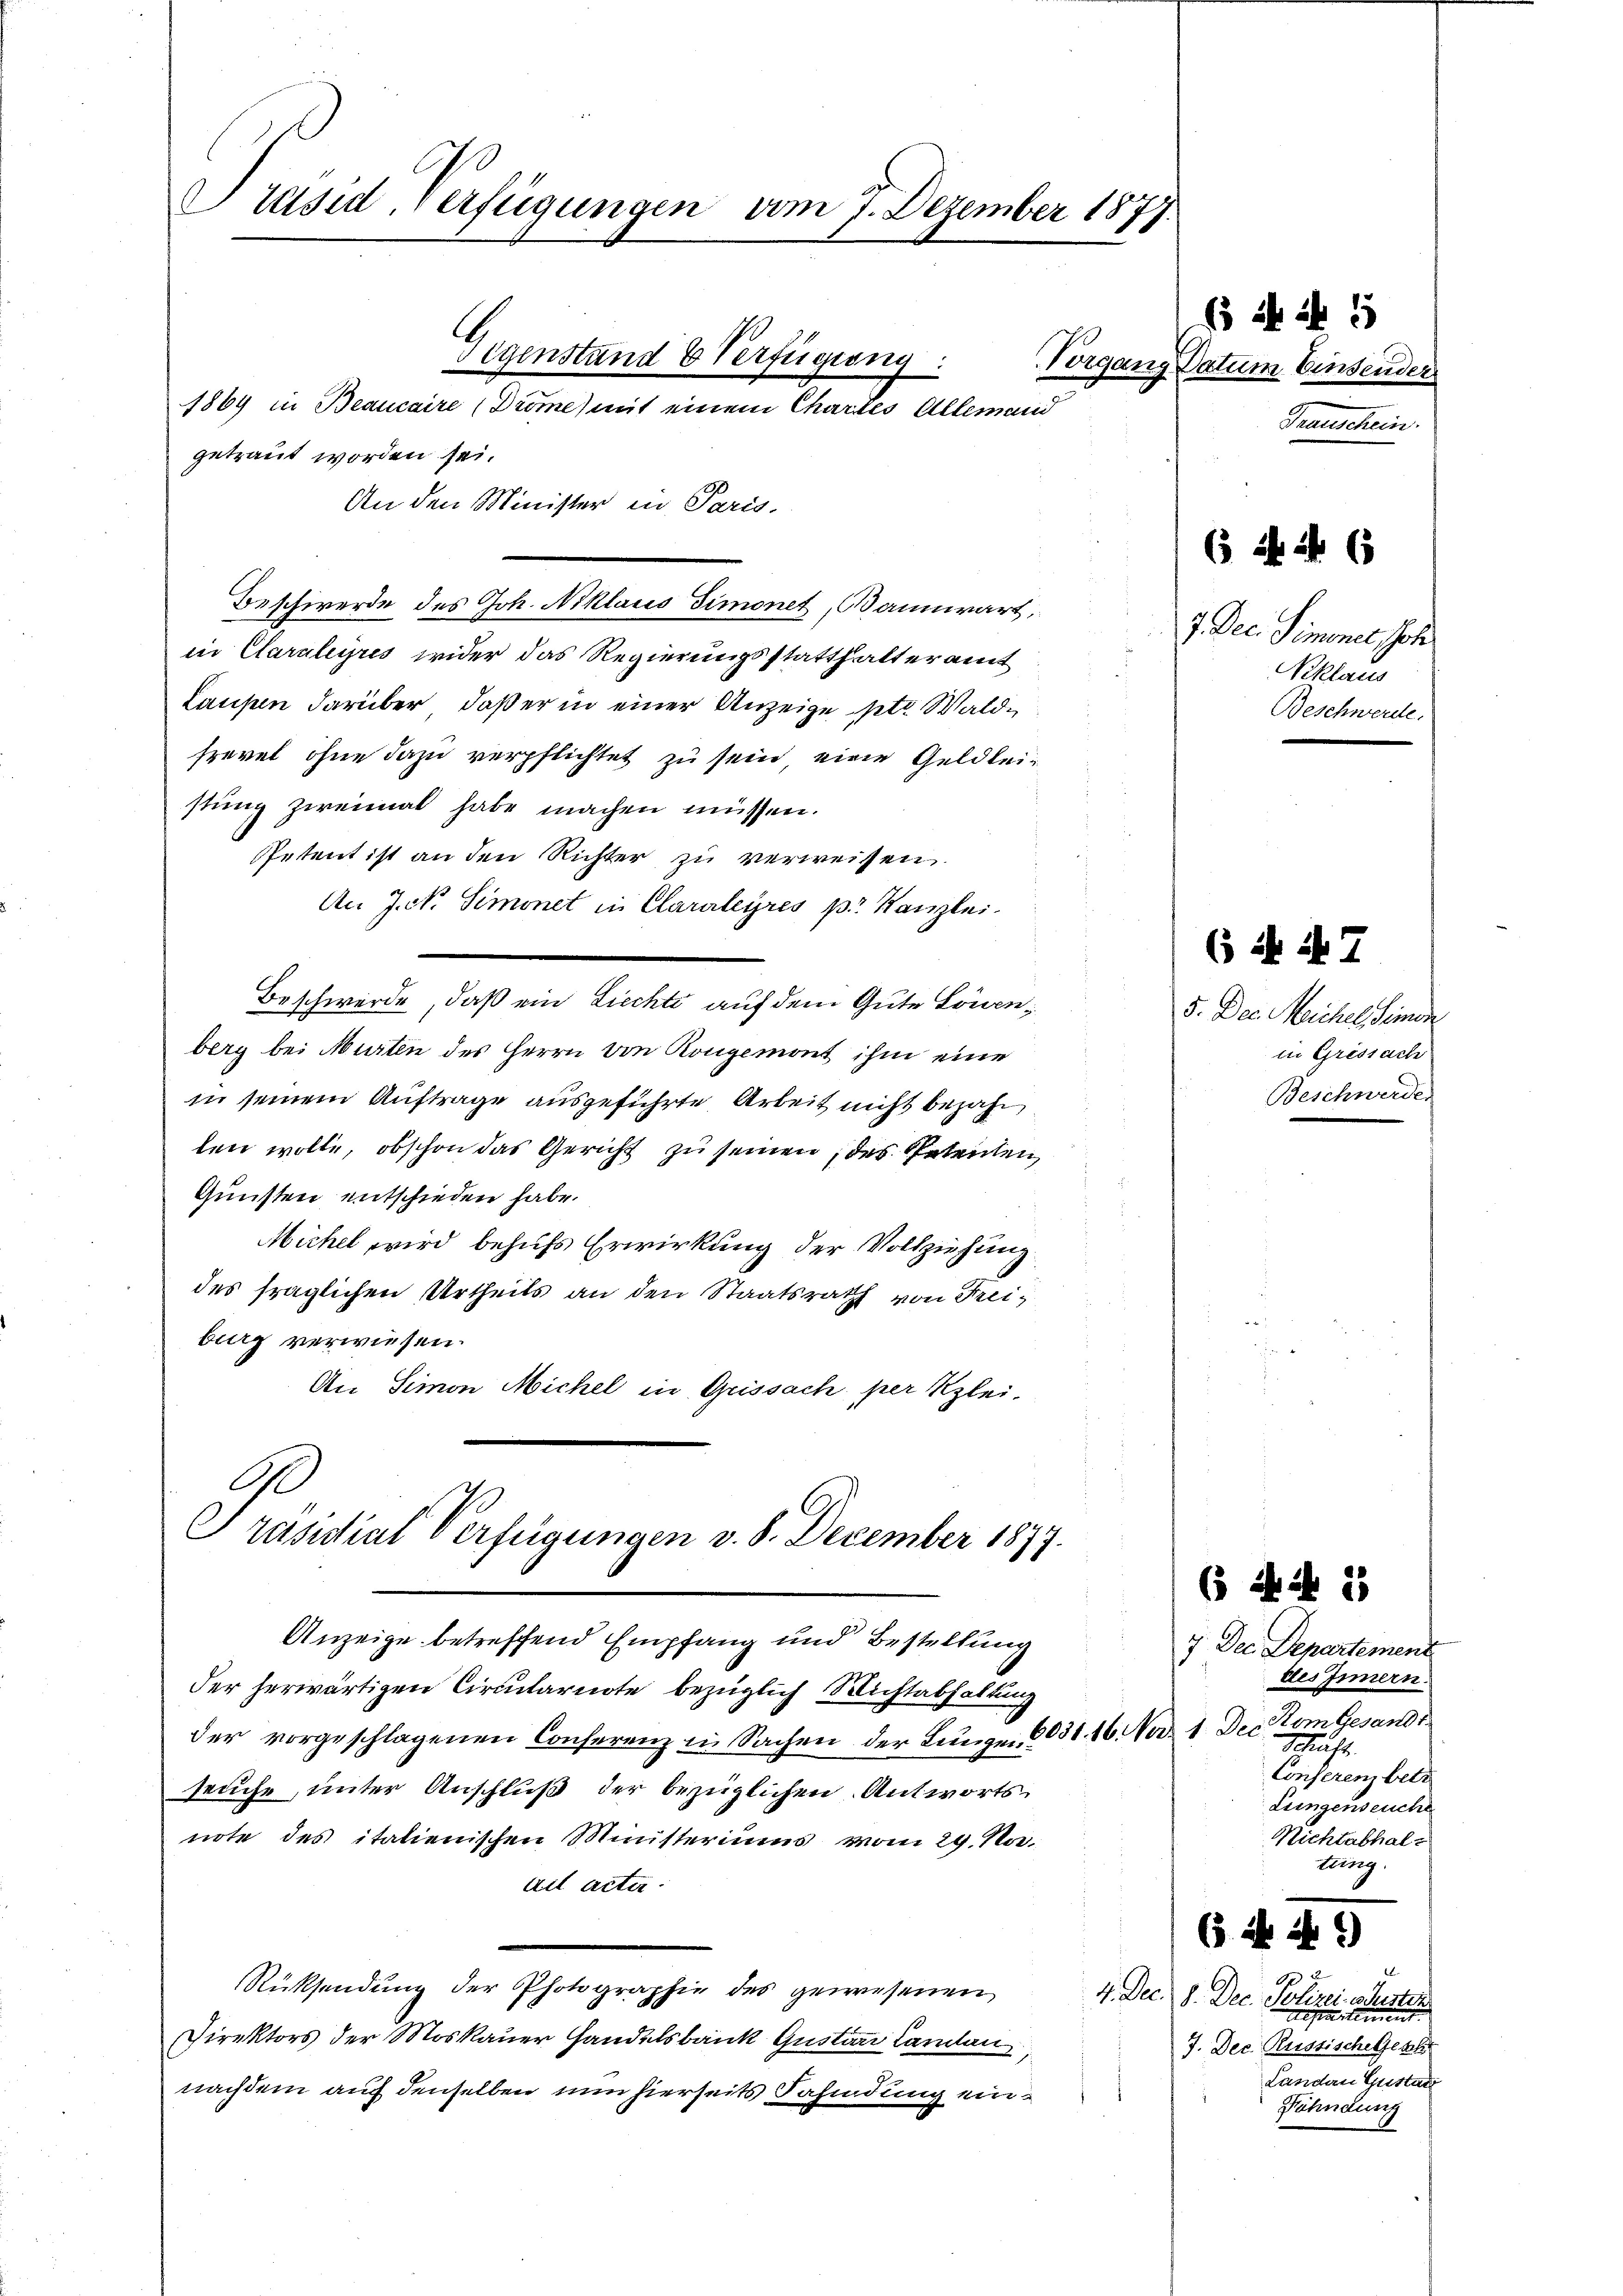
Präsid, verfügungen vom 1. Dezember 1877.

An den Minister in Paris.
Beschwerde des Joh. Niklaus Simonet, Bannwart,
in Claralyris wider das Regierungsstatthalteramt
Laupen darüber, daß er in einer Anzeige ptr. Waldfrevet ohne dazu verpflichtet zu sein eine Geldleistung zweimal habe machen müssen.
Petent ist an den Richter zu verweisen
An J. N. Simonet in Claraleyres pr. Kanzlei.
Beschwerde, daß ein Liechte auf dem Gute Löwenberg bei Murten des Herrn von Rongemont ihm eine
in seinem Auftrage ausgeführte Arbeit nicht bejahe
len wolle, obschon das Gericht zu seinen, des Petenten,
Gunsten entschieden habe.
Michel wird behufs Erwirkung der Vollziehung
des fraglichen Urtheils an den Staatsrath von Freiburg verwiesen.
An Simon Michel in Geissach per Klei¬

getraut worden sei.

Gegenstand & Verfügung
Begang
1869 in Beaucaire (Dröme mit einem Chartes Allemand

Präsidial Verfügungen v. 8. December 1877.
Anzeige betreffend Empfang und Bestellung

der herwärtigen Circularnote bezüglich Sichtabhaltung
der vorgeschlagenen Conferenz in Sachen der Lungen 6031. 16. Nov. 1. Dec
seuche, unter Anschluß der bezüglichen Antwortsnote des italienischen Ministeriums vom 29. No.
til acter
Rücksendung der Photographie des gewesenen
Direktors der Moskauer Handelsbank Gustani Cantan
nachdem auch denselben nun hierseits dahindung ein¬

4
Datum Einsender
Transchein.

( 2f 5

( S. Nr. 7

(5. ist ihr

6

7. Dec. Simones Joh
Nklaus
Beschwerde.

5. Der Meichel, Simon
in Gressach
Beschwerden

( A 2
7 Dec. Departement
des Innern.
Hom Gesandt.
Schäft.
Conserenz betr
Lungenseuche
Nichtabhalt
lung.

2
4. Dec. 8. Dec. Polizei auster

J. Dec. Russische Geschr
Landau Gustad
Nahndung